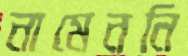
নামেননি